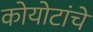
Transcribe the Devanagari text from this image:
कोयोटांचे